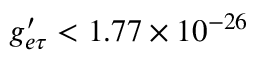
g _ { e \tau } ^ { \prime } < 1 . 7 7 \times 1 0 ^ { - 2 6 }